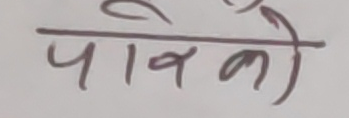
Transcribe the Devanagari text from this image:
पावरको